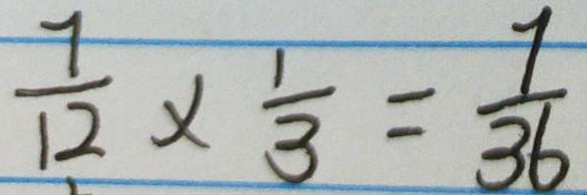
\frac { 7 } { 1 2 } \times \frac { 1 } { 3 } = \frac { 7 } { 3 6 }